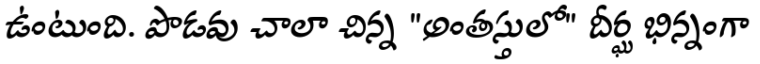
ఉంటుంది. పొడవు చాలా చిన్న "అంతస్తులో" దీర్ఘ భిన్నంగా